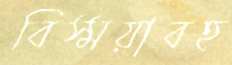
বিস্ময়াবহ